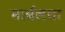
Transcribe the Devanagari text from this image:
मार्बलचा